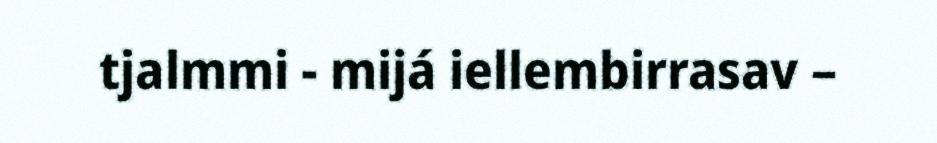
tjalmmi - mijá iellembirrasav –